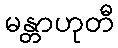
မန္တာဟုတီ